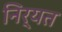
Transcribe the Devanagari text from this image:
निर्यत